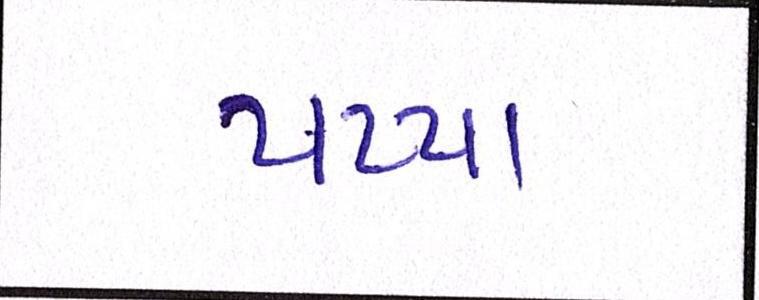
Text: પપ્પા